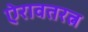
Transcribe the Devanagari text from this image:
ऐरावतरत्न